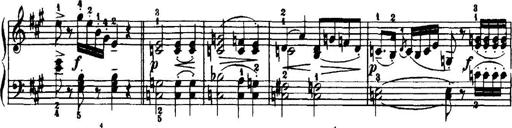
Title: 7 Sonatinas
Composer: Anton Diabelli